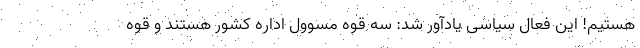
هستیم! این فعال سیاسی یادآور شد: سه قوه مسوول اداره کشور هستند و قوه